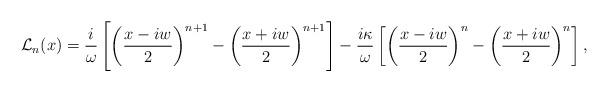
LaTeX: \begin{align*}\mathcal{L}_n(x)=\dfrac{i}{\omega}\left[\left(\dfrac{x-iw}{2}\right)^{n+1}-\left(\dfrac{x+iw}{2}\right)^{n+1}\right]- \dfrac{i \kappa}{\omega}\left[\left(\dfrac{x-iw}{2}\right)^{n}- \left(\dfrac{x+iw}{2}\right)^{n}\right],\end{align*}